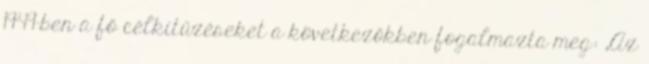
1949-ben a fő célkitűzéseket a következőkben fogalmazta meg: „Az